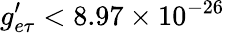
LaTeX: g_{e\tau}^{\prime}<8.97\times 10^{-26}